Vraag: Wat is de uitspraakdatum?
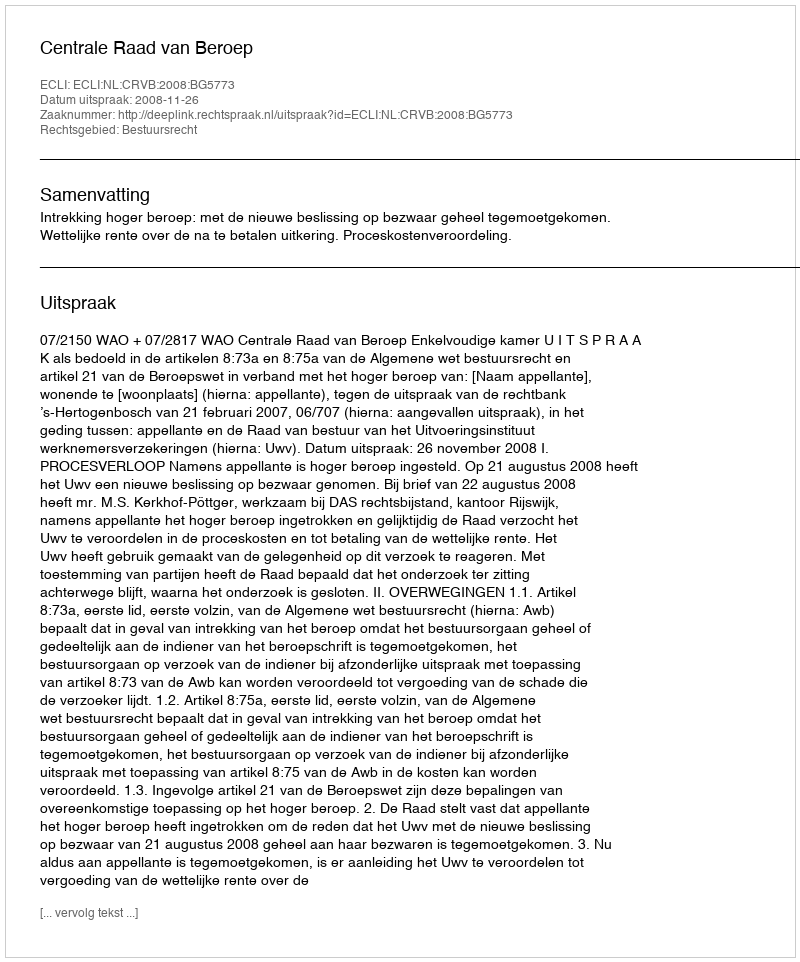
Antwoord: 2008-11-26